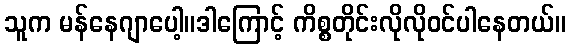
သူက မန်နေဂျာပေါ့။ဒါကြောင့် ကိစ္စတိုင်းလိုလိုဝင်ပါနေတယ်။